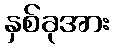
နှစ်ခုအား